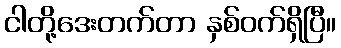
ငါတို့ဒေးတက်တာ နှစ်ဝက်ရှိပြီ။